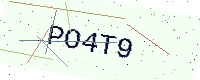
Text: PO4T9